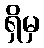
ရှိမှ